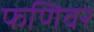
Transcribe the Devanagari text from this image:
फणिवर